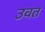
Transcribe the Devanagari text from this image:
उवत